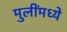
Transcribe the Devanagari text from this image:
मुलींमध्ये